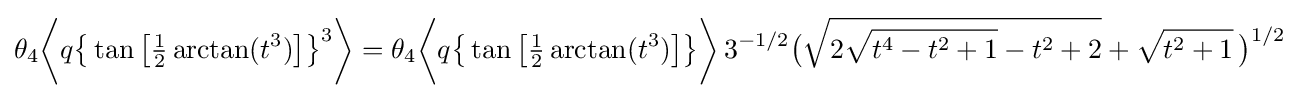
\theta _{4}{\biggl \langle }q{\bigl \{}\tan {\bigl [}{\tfrac {1}{2}}\arctan(t^{3}){\bigr ]}{\bigr \}}^{3}{\biggr \rangle }=\theta _{4}{\biggl \langle }q{\bigl \{}\tan {\bigl [}{\tfrac {1}{2}}\arctan(t^{3}){\bigr ]}{\bigr \}}{\biggr \rangle }\,3^{-1/2}{\bigl (}{\sqrt {2{\sqrt {t^{4}-t^{2}+1}}-t^{2}+2}}+{\sqrt {t^{2}+1}}\,{\bigr )}^{1/2}